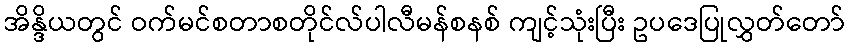
အိန္ဒိယတွင် ဝက်မင်စတာစတိုင်လ်ပါလီမန်စနစ် ကျင့်သုံးပြီး ဥပဒေပြုလွှတ်တော်